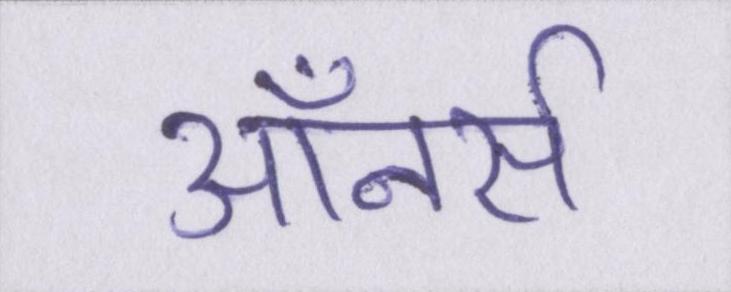
ऑनर्स